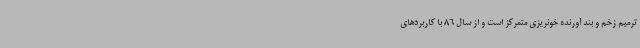
ترمیم زخم و بند آورنده خونریزی متمرکز است و از سال 86 با کاربردهای